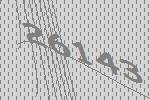
26143